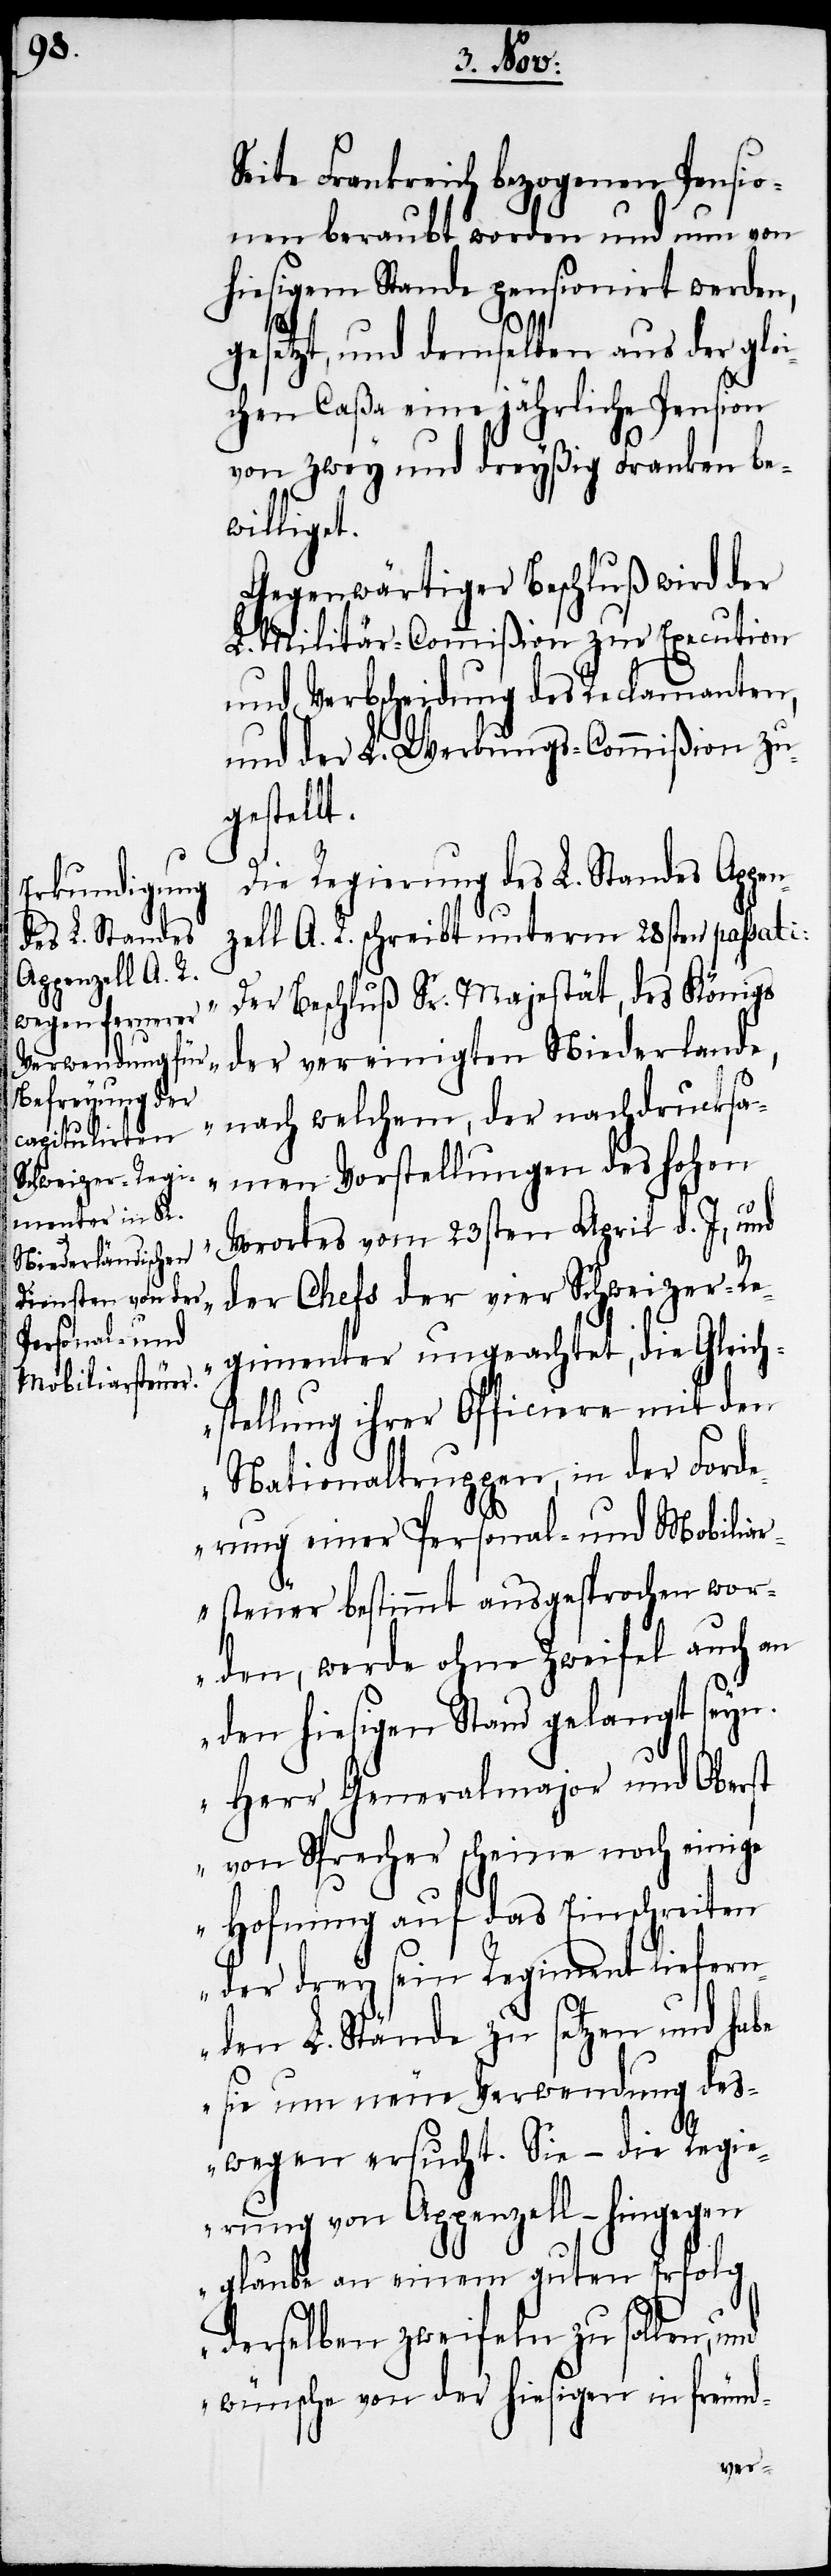
Seite Frankreich bezogenen Pensio¬
nen beraubt worden und nun von
hiesigem Stande pensionirt werden,
gesetzt, und demselben aus der gle¬
ichen Caßa eine jährliche Pension
von zwey und dreyßig Franken be¬
williget.
Gegenwärtiger Beschluß wird der
L. Militär-Commißion zur Execution
und Verbscheidung des Reclamanten,
und der L. Werbungs-Commißion zu¬
gestellt.
Die Regierung des L. Standes Appen¬
zell A. R. schreibt unterm 28sten passati:
„Der Beschluß Sr. Majestät, des Königs
der vereinigten Niederlande,
nach welchem, der nachdrucksa¬
men Vorstellungen des hohen
Vorortes vom 23sten April d. J, und
der Chefs der vier Schweizer-Re¬
gimenter ungeachtet, die Gleich¬
stellung ihrer Officiere mit den
Nationaltruppen, in der Ford¬
erung einer Personal- und Mobiliar¬
steuer bestimmt ausgesprochen wor¬
den, werde ohne Zweifel auch an
den hiesigen Stand gelangt seyn.
Herr Generalmajor und Oberst
von Sprecher scheine noch einige
Hofnung auf das Einschreiten
der drey sein Regiment liefern¬
den L. Stände zu setzen und habe
sie um neue Verwendung des¬
wegen ersucht. Sie – die Regie¬
rung von Appenzell – hingegen
glaube an einen guten Erfolg
derselben zweifeln zu sollen, und
wünsche von der hiesigen in freund-